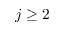
j \geq 2